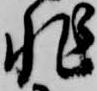
非